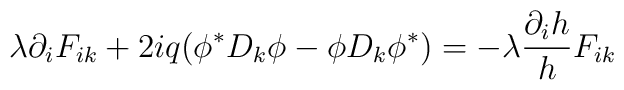
\lambda \partial_{i} F_{ik} + 2 i q (\phi^{\ast} D_{k}\phi -\phi D_{k}\phi^{\ast}) = - \lambda \frac{\partial_i h}{h}F_{ik}